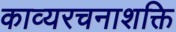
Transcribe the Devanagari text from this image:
काव्यरचनाशक्ति